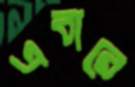
এবারে